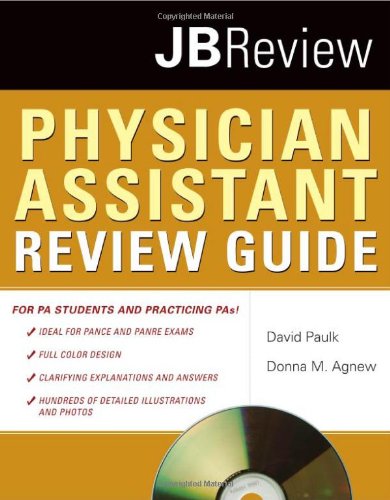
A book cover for Physician Assistant Review Guide; David Paulk; Medical Books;